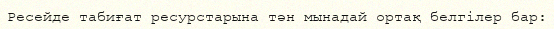
Ресейде табиғат ресурстарына тән мынадай ортақ белгілер бар: